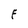
Character: F